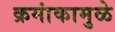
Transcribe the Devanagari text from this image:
क्रमांकामुळे